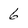
Character: 6